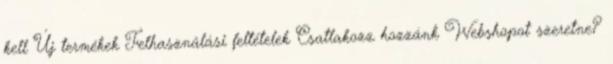
kell Új termékek Felhasználási feltételek Csatlakozz hozzánk Webshopot szeretne?